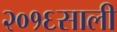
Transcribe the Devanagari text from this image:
२०१६साली